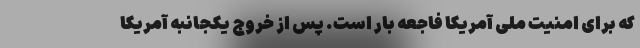
که برای امنیت ملی آمریکا فاجعه بار است. پس از خروج یکجانبه آمریکا